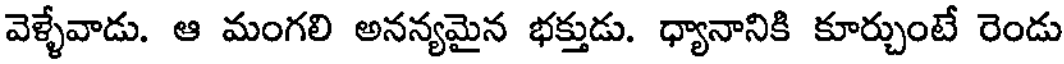
వెళ్ళేవాడు. ఆ మంగలి అనన్యమైన భక్తుడు. ధ్యానానికి కూర్చుంటే రెండు